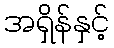
အရှိန်နှင့်